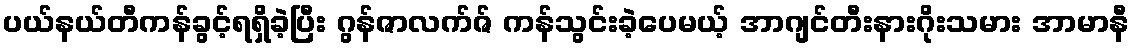
ပယ်နယ်တီကန်ခွင့်ရရှိခဲ့ပြီး ဂွန်ဇာလက်ဇ် ကန်သွင်းခဲ့ပေမယ့် အာဂျင်တီးနားဂိုးသမား အာမာနီ